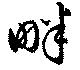
畔